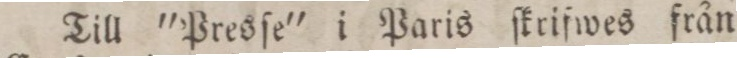
Till ”Presſe” i Paris ſkrifwes från